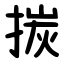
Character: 㨏